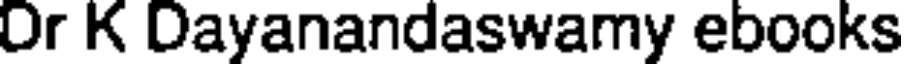
Or K Dayanandaswamy ebooks